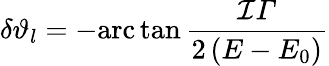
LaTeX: \delta\vartheta_{l}=-\mathrm{arc}\tan\frac{\mathcal{I}\varGamma}{2\left(E-E_{0}\right)}